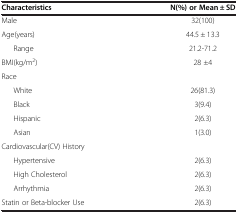
| Characteristics | N(%) or Mean ± SD |
 | --- | --- |
 | Male | 32(100) |
 | Age(years) | 44.5 ± 13.3 |
 | Range | 21.2-71.2 |
 | BMI(kg/m2) | 28 ±4 |
 | Race |  |
 | White | 26(81.3) |
 | Black | 3(9.4) |
 | Hispanic | 2(6.3) |
 | Asian | 1(3.0) |
 | Cardiovascular(CV) History |  |
 | Hypertensive | 2(6.3) |
 | High Cholesterol | 2(6.3) |
 | Arrhythmia | 2(6.3) |
 | Statin or Beta-blocker Use | 2(6.3) |